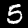
Digit: 5